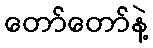
တော်တော်နဲ့